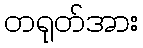
တရုတ်အား